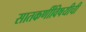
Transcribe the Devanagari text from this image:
सातकर्णीविषयीची